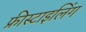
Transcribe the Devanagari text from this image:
फ्रीस्टाइलिंग